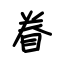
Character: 眷